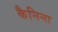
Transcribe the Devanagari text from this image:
कैनिना